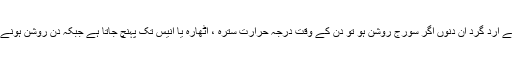
اگر چہ آجکل دن خاصے روشن ہیں مگر آجکل سردی کی لہر سی ہے ورنہ بحر روم کے ارد گرد ان دنوں اگر سورج روشن ہو تو دن کے وقت درجہ حرارت سترہ ، اٹھارہ یا انیس تک پہنچ جاتا ہے جبکہ دن روشن ہونے کے باوجدو بڑی مشکل سے چھہ سات یا آٹھ سنٹی گرید تک نقطعہ حرارت پہنچتا ہے۔